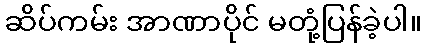
ဆိပ်ကမ်း အာဏာပိုင် မတုံ့ပြန်ခဲ့ပါ။